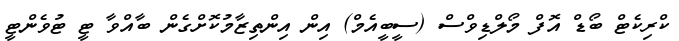
ކްރިކެޓް ބޯޑް އޮފް މޯލްޑިވްސް (ސީބީއެމް) އިން އިންތިޒާމުކޮށްގެން ބާއްވާ ޓީ ޓުވެންޓީ